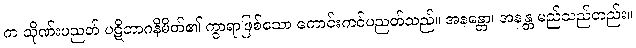
က သိုဏ်းပညတ် ပဋိဘာဂနိမိတ်၏ ကွာရာဖြစ်သော ကောင်းကင်ပညတ်သည်။ အနန္တော၊ အနန္တ မည်သည်တည်း။